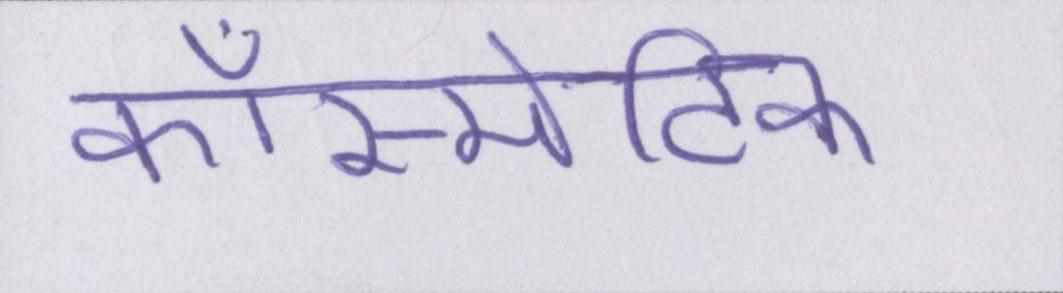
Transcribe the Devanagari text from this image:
कॉस्मेटिक